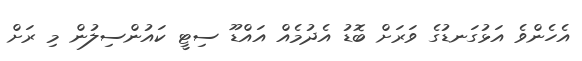
އެހެންވެ އަޅުގަނޑުގެ ވަރަށް ބޮޑު އެދުމެއް އައްޑޫ ސިޓީ ކައުންސިލުން މި ރަށް